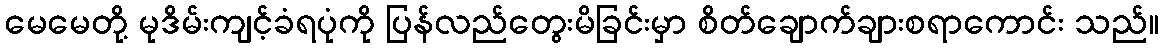
မေမေတို့ မုဒိမ်းကျင့်ခံရပုံကို ပြန်လည်တွေးမိခြင်းမှာ စိတ်ချောက်ချားစရာကောင်း သည်။